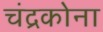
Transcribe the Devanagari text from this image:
चंद्रकोना